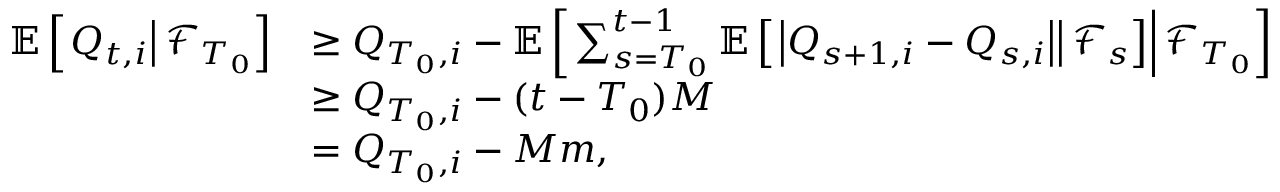
\begin{array} { r l } { \mathbb E \left[ \left. Q _ { t , i } \right\rvert \mathcal F _ { T _ { 0 } } \right] } & { \ge Q _ { T _ { 0 } , i } - \mathbb E \left[ \left. \sum _ { s = T _ { 0 } } ^ { t - 1 } \mathbb E \left[ \left. \left\lvert Q _ { s + 1 , i } - Q _ { s , i } \right\rvert \right\rvert \mathcal F _ { s } \right] \right\rvert \mathcal F _ { T _ { 0 } } \right] } \\ & { \ge Q _ { T _ { 0 } , i } - ( t - T _ { 0 } ) M } \\ & { = Q _ { T _ { 0 } , i } - M m , } \end{array}